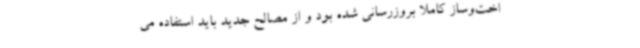
اخت‌وساز کاملا بروزرسانی شده بود و از مصالح جدید باید استفاده می‌